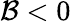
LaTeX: \mathcal{B}<0